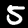
Label: 5